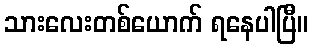
သားလေးတစ်ယောက် ရနေပါပြီ။